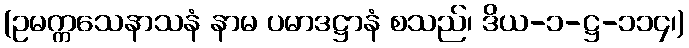
(ဥမက္ကသေနာသနံ နာမ ပမာဒဋ္ဌာနံ စသည်၊ ဒိယ-၁-ဋ္ဌ-၁၁၄၊)